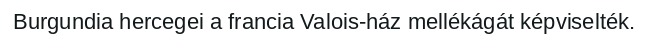
Burgundia hercegei a francia Valois-ház mellékágát képviselték.